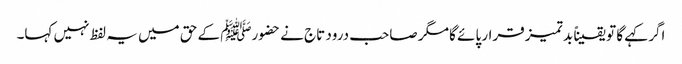
اگر کہے گا تو یقیناً بد تمیز قرار پائے گا مگر صاحب درود تاج نے حضورﷺ کے حق میں یہ لفظ نہیں کہا۔